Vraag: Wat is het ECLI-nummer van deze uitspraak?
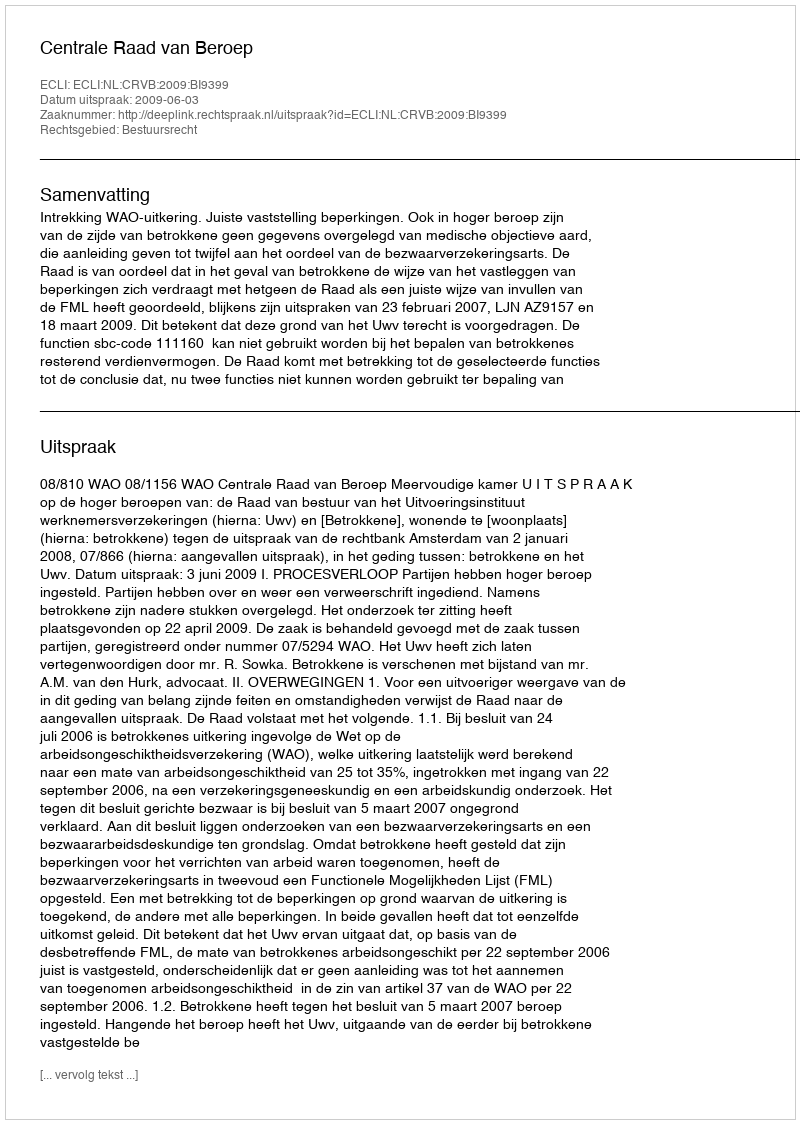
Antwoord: ECLI:NL:CRVB:2009:BI9399